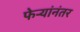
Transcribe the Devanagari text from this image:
फेर्‍यांनंतर